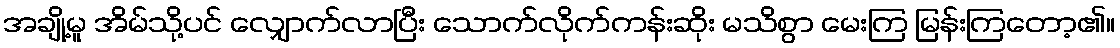
အချို့မူ အိမ်သို့ပင် လျှောက်လာပြီး သောက်လိုက်ကန်းဆိုး မသိစွာ မေးကြ မြန်းကြတော့၏။